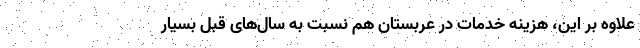
علاوه بر این، هزینه خدمات در عربستان هم نسبت به سال‌های قبل بسیار